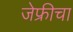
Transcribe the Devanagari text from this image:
जेफ्रीचा